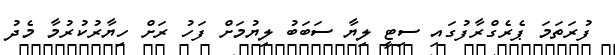
ފުރަތަމަ ޕެރެގްރާފުގައި ސިޓީ ލިޔާ ސަބަބު ލިޔުމަށް ފަހު ރަށް ހިޔާރުކުރުމާ މެދު